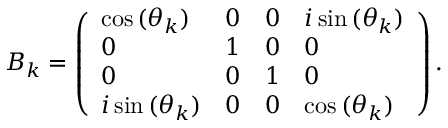
B _ { k } = \left( \begin{array} { l l l l } { \cos { ( \theta _ { k } ) } } & { 0 } & { 0 } & { i \sin { ( \theta _ { k } ) } } \\ { 0 } & { 1 } & { 0 } & { 0 } \\ { 0 } & { 0 } & { 1 } & { 0 } \\ { i \sin { ( \theta _ { k } ) } } & { 0 } & { 0 } & { \cos { ( \theta _ { k } ) } } \end{array} \right) .